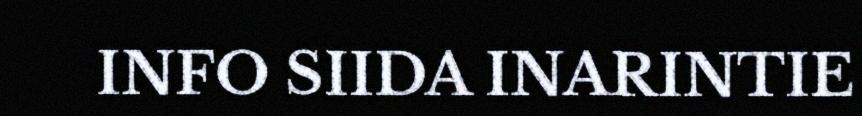
INFO SIIDA INARINTIE